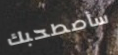
سأصطحبك